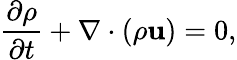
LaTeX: \frac{{\partial\rho}}{{\partial t}}+\nabla\cdot\left({\rho{\mathbf{u}}}\right)=0,